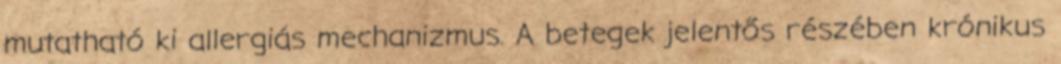
mutatható ki allergiás mechanizmus. A betegek jelentős részében krónikus